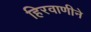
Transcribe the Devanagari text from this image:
हिरवाणीने